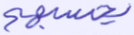
يحسبهم